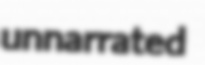
unnarrated